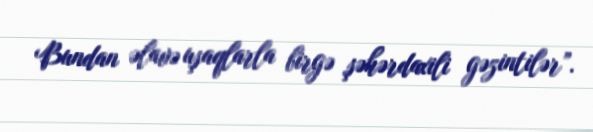
Bundan əlavə uşaqlarla birgə şəhərdaxili gəzintilər”.